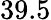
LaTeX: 39.5